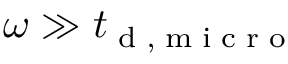
\omega \gg { t } _ { \tiny { \mathrm { ~ d ~ , ~ m ~ i ~ c ~ r ~ o ~ } } }